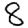
Digit: 8